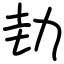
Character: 劸